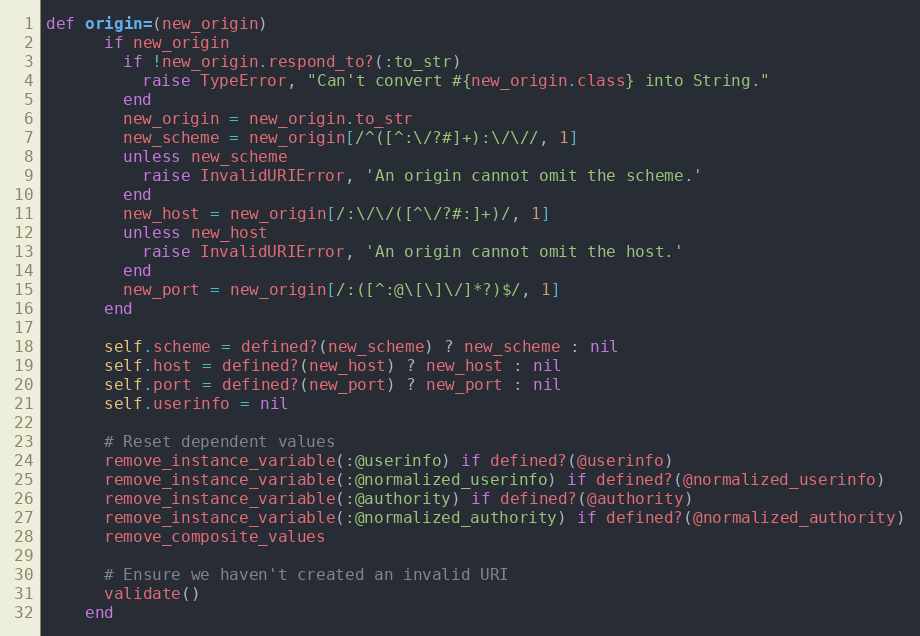
Language: Ruby
def origin=(new_origin)
      if new_origin
        if !new_origin.respond_to?(:to_str)
          raise TypeError, "Can't convert #{new_origin.class} into String."
        end
        new_origin = new_origin.to_str
        new_scheme = new_origin[/^([^:\/?#]+):\/\//, 1]
        unless new_scheme
          raise InvalidURIError, 'An origin cannot omit the scheme.'
        end
        new_host = new_origin[/:\/\/([^\/?#:]+)/, 1]
        unless new_host
          raise InvalidURIError, 'An origin cannot omit the host.'
        end
        new_port = new_origin[/:([^:@\[\]\/]*?)$/, 1]
      end

      self.scheme = defined?(new_scheme) ? new_scheme : nil
      self.host = defined?(new_host) ? new_host : nil
      self.port = defined?(new_port) ? new_port : nil
      self.userinfo = nil

      # Reset dependent values
      remove_instance_variable(:@userinfo) if defined?(@userinfo)
      remove_instance_variable(:@normalized_userinfo) if defined?(@normalized_userinfo)
      remove_instance_variable(:@authority) if defined?(@authority)
      remove_instance_variable(:@normalized_authority) if defined?(@normalized_authority)
      remove_composite_values

      # Ensure we haven't created an invalid URI
      validate()
    end